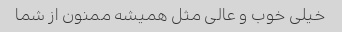
خیلی خوب و عالی مثل همیشه ممنون از شما